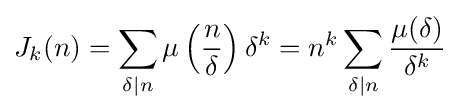
J_{k}(n)=\sum _{\delta \mid n}\mu \left({\frac {n}{\delta }}\right)\delta ^{k}=n^{k}\sum _{\delta \mid n}{\frac {\mu (\delta )}{\delta ^{k}}}